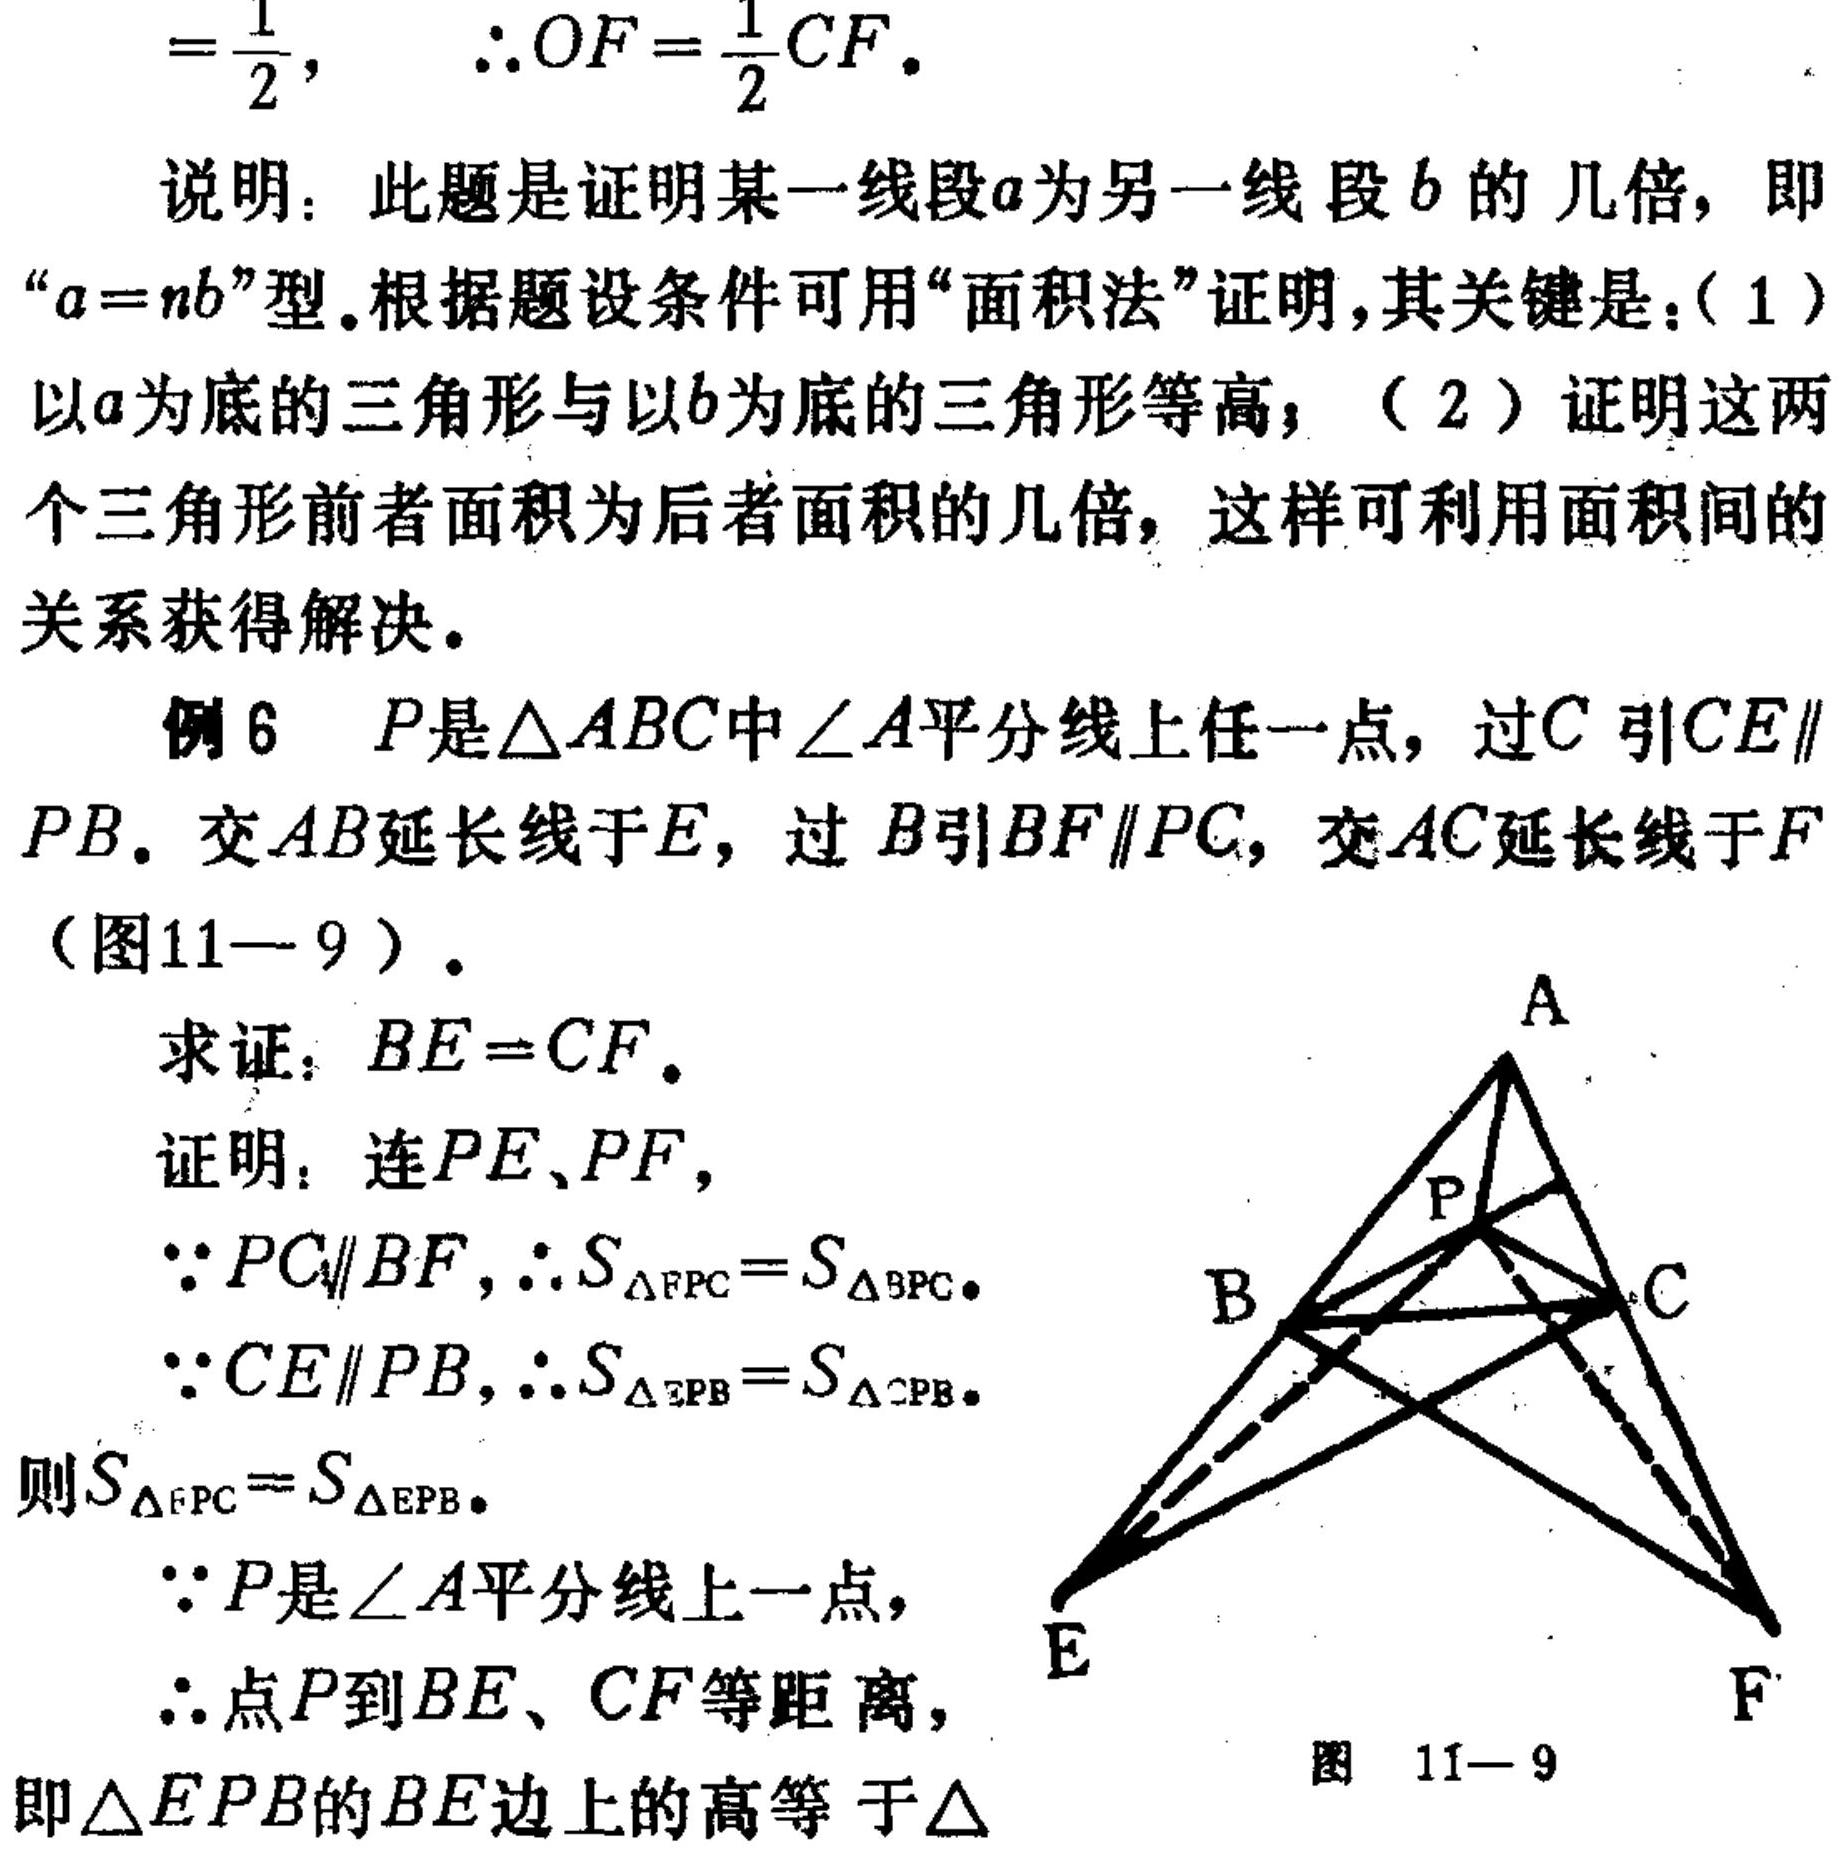
\[=\frac{1}{2}, \quad \therefore OF=\frac{1}{2}CF.\]
说明：此题是证明某一线段\(a\)为另一线段\(b\)的几倍，即“\(a = nb\)”型。根据题设条件可用“面积法”证明，其关键是：(1)以\(a\)为底的三角形与以\(b\)为底的三角形等高；(2)证明这两个三角形前者面积为后者面积的几倍，这样可利用面积间的关系获得解决。
例6 \(P\)是\(\triangle ABC\)中\(\angle A\)平分线上任一点，过\(C\)引\(CE\parallel PB\)，交\(AB\)延长线于\(E\)，过\(B\)引\(BF\parallel PC\)，交\(AC\)延长线于\(F\)（图11 - 9）。
求证：\(BE = CF\)。
证明：连\(PE\)、\(PF\)，
\(\because PC\parallel BF\)，\(\therefore S_{\triangle FPC}=S_{\triangle BPC}\)。
\(\because CE\parallel PB\)，\(\therefore S_{\triangle EPB}=S_{\triangle CPB}\)。
则\(S_{\triangle FPC}=S_{\triangle EPB}\)。
\(\because P\)是\(\angle A\)平分线上一点，
\(\therefore\)点\(P\)到\(BE\)、\(CF\)等距离，
即\(\triangle EPB\)的\(BE\)边上的高等于\(\triangle\)